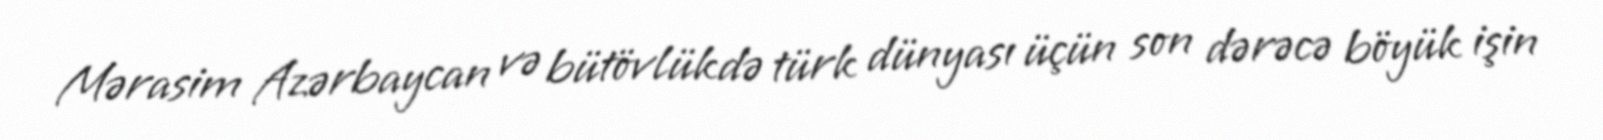
Mərasim Azərbaycan və bütövlükdə türk dünyası üçün son dərəcə böyük işin